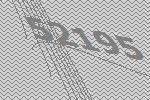
52195